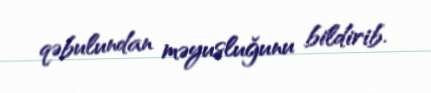
qəbulundan məyusluğunu bildirib.